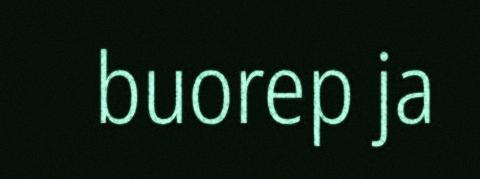
buorep ja